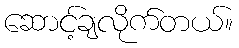
ဆောင့်ချလိုက်တယ်။